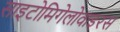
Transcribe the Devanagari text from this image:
साइटोमिगेलोवाइरस